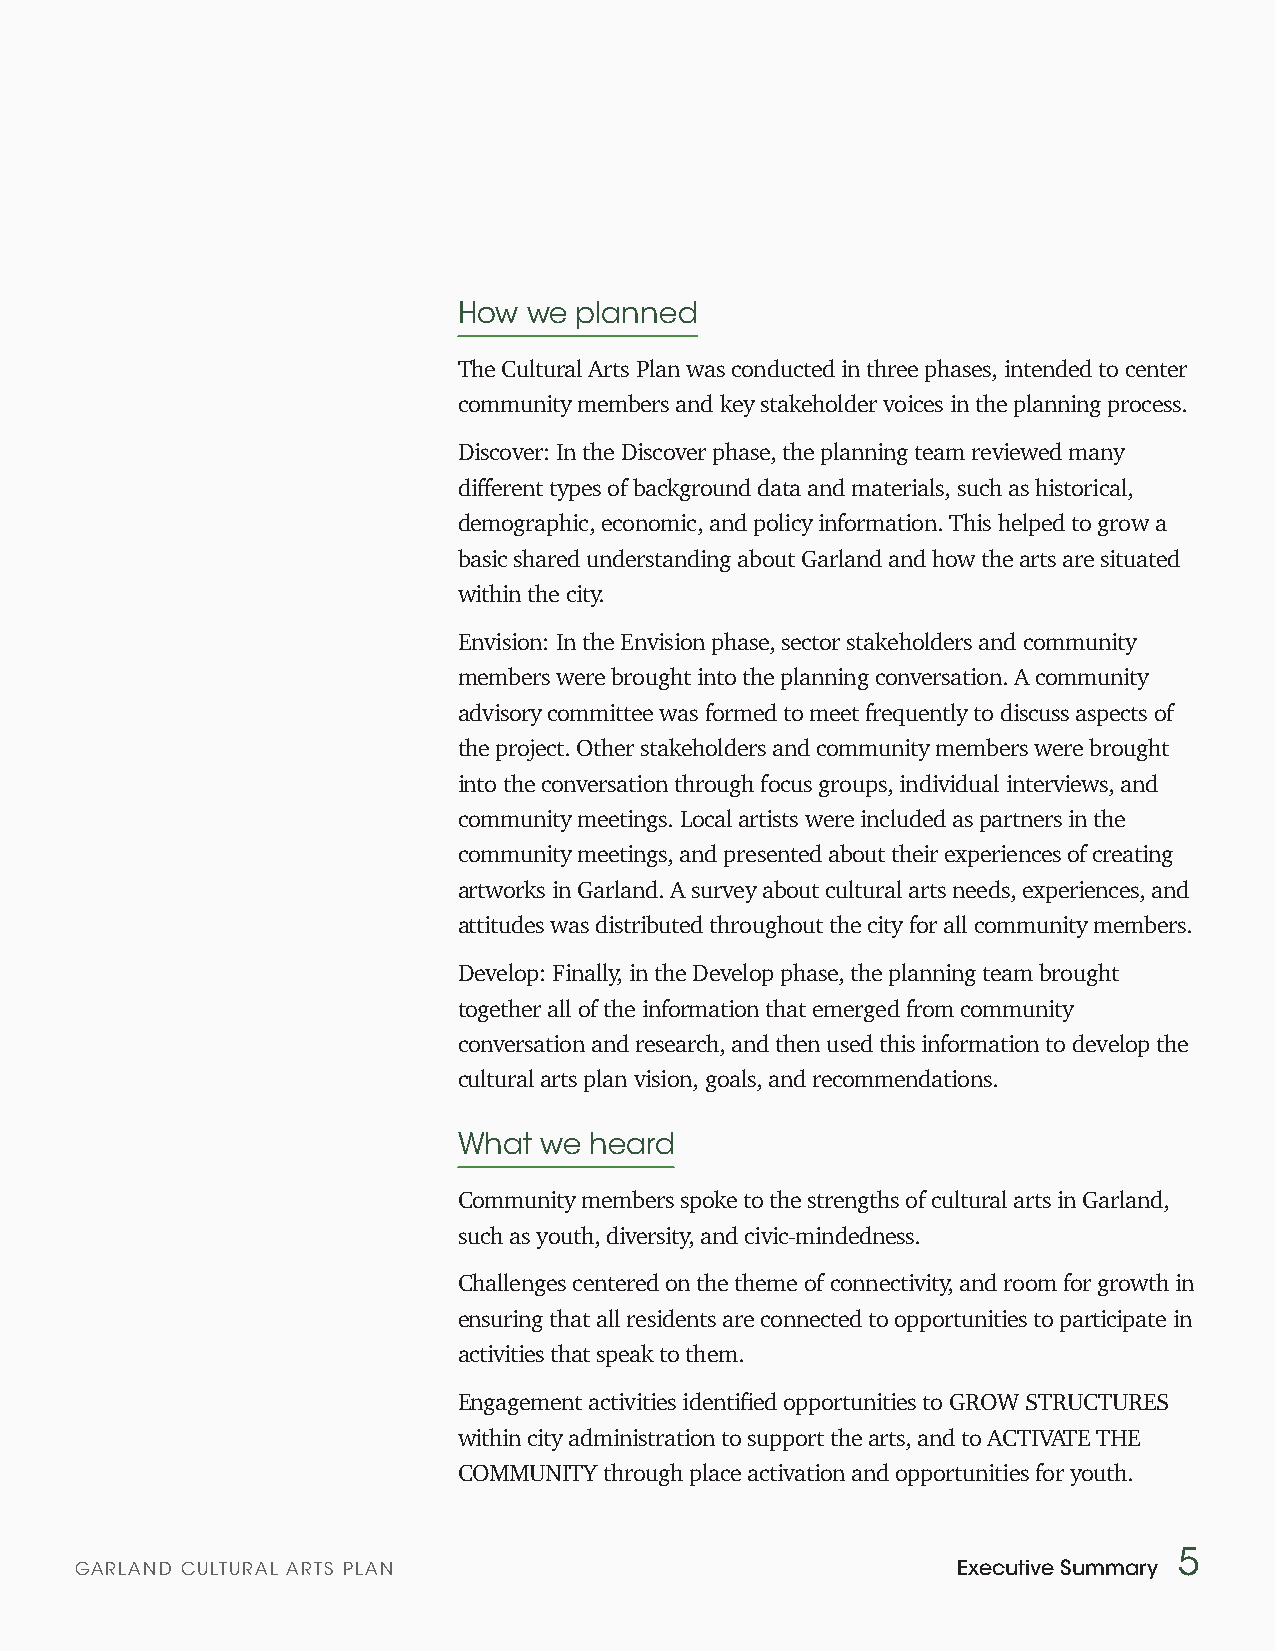
How  we planned
 The Cultural Arts Plan was conducted in three phases, intended to center
 community members and key stakeholder voices in the planning process.
 Discover: In the Discover phase, the planning team reviewed many
 different types of background data and materials, such as historical,
 demographic, economic, and policy information. This helped to grow a
 basic shared understanding about Garland and how the arts are situated
 within the city.
 Envision: In the Envision phase, sector stakeholders and community
 members were brought into the planning conversation. A community
 advisory committee was formed to meet frequently to discuss aspects of
 the project. Other stakeholders and community members were brought
 into the conversation through focus groups, individual interviews, and
 community meetings. Local artists were included as partners in the
 community meetings, and presented about their experiences of creating
 artworks in Garland. A survey about cultural arts needs, experiences, and
 attitudes was distributed throughout the city for all community members.
 Develop: Finally, in the Develop phase, the planning team brought
 together all of the information that emerged from community
 conversation and research, and then used this information to develop the
 cultural arts plan vision, goals, and recommendations.
 What  we heard
 Community members spoke to the strengths of cultural arts in Garland,
 such as youth, diversity, and civic-mindedness.
 Challenges centered on the theme of connectivity, and room for growth in
 ensuring that all residents are connected to opportunities to participate in
 activities that speak to them.
 Engagement activities identified opportunities to GROW STRUCTURES
 within city administration to support the arts, and to ACTIVATE THE
 COMMUNITY through place activation and opportunities for youth.
 5
 GARLAND CULTURAL ARTS PLAN                                Executive Summary